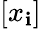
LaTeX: [x_{\mathbf{i}}]